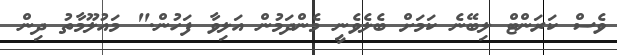
ވެސް ކަރަންޓް ލިބޭނެ ކަމަށް ބެލެވެނީ މެންދަމުން އަލިވާ ފަހުން." މައުލޫމާތު ދިން